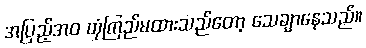
အပြည့်အဝ ယုံကြည်မထားသည်တော့ သေချာနေသည်။